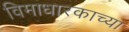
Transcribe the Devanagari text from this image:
विमाधारकाच्या